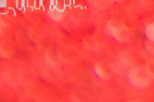
بيع وتوزيع منتجات العافية